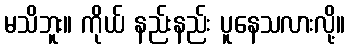
မသိဘူး။ ကိုယ် နည်းနည်း ပူနေသလားလို့။